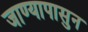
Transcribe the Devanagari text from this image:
जाण्यापासुन